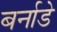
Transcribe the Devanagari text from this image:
बर्नाडे